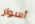
أسوار